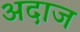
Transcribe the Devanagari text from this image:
अदाज